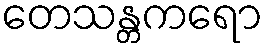
တေသန္တကရော